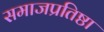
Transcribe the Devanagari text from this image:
समाजप्रतिष्ठा